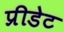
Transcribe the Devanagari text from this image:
प्रीडेट